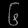
Digit: ၆